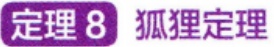
定理 8 狐狸定理